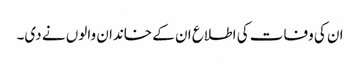
ان کی وفات کی اطلاع ان کے خاندان والوں نے دی۔